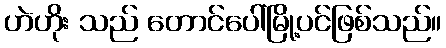
ဟဲဟိုး သည် တောင်ပေါ်မြို့ပင်ဖြစ်သည်။